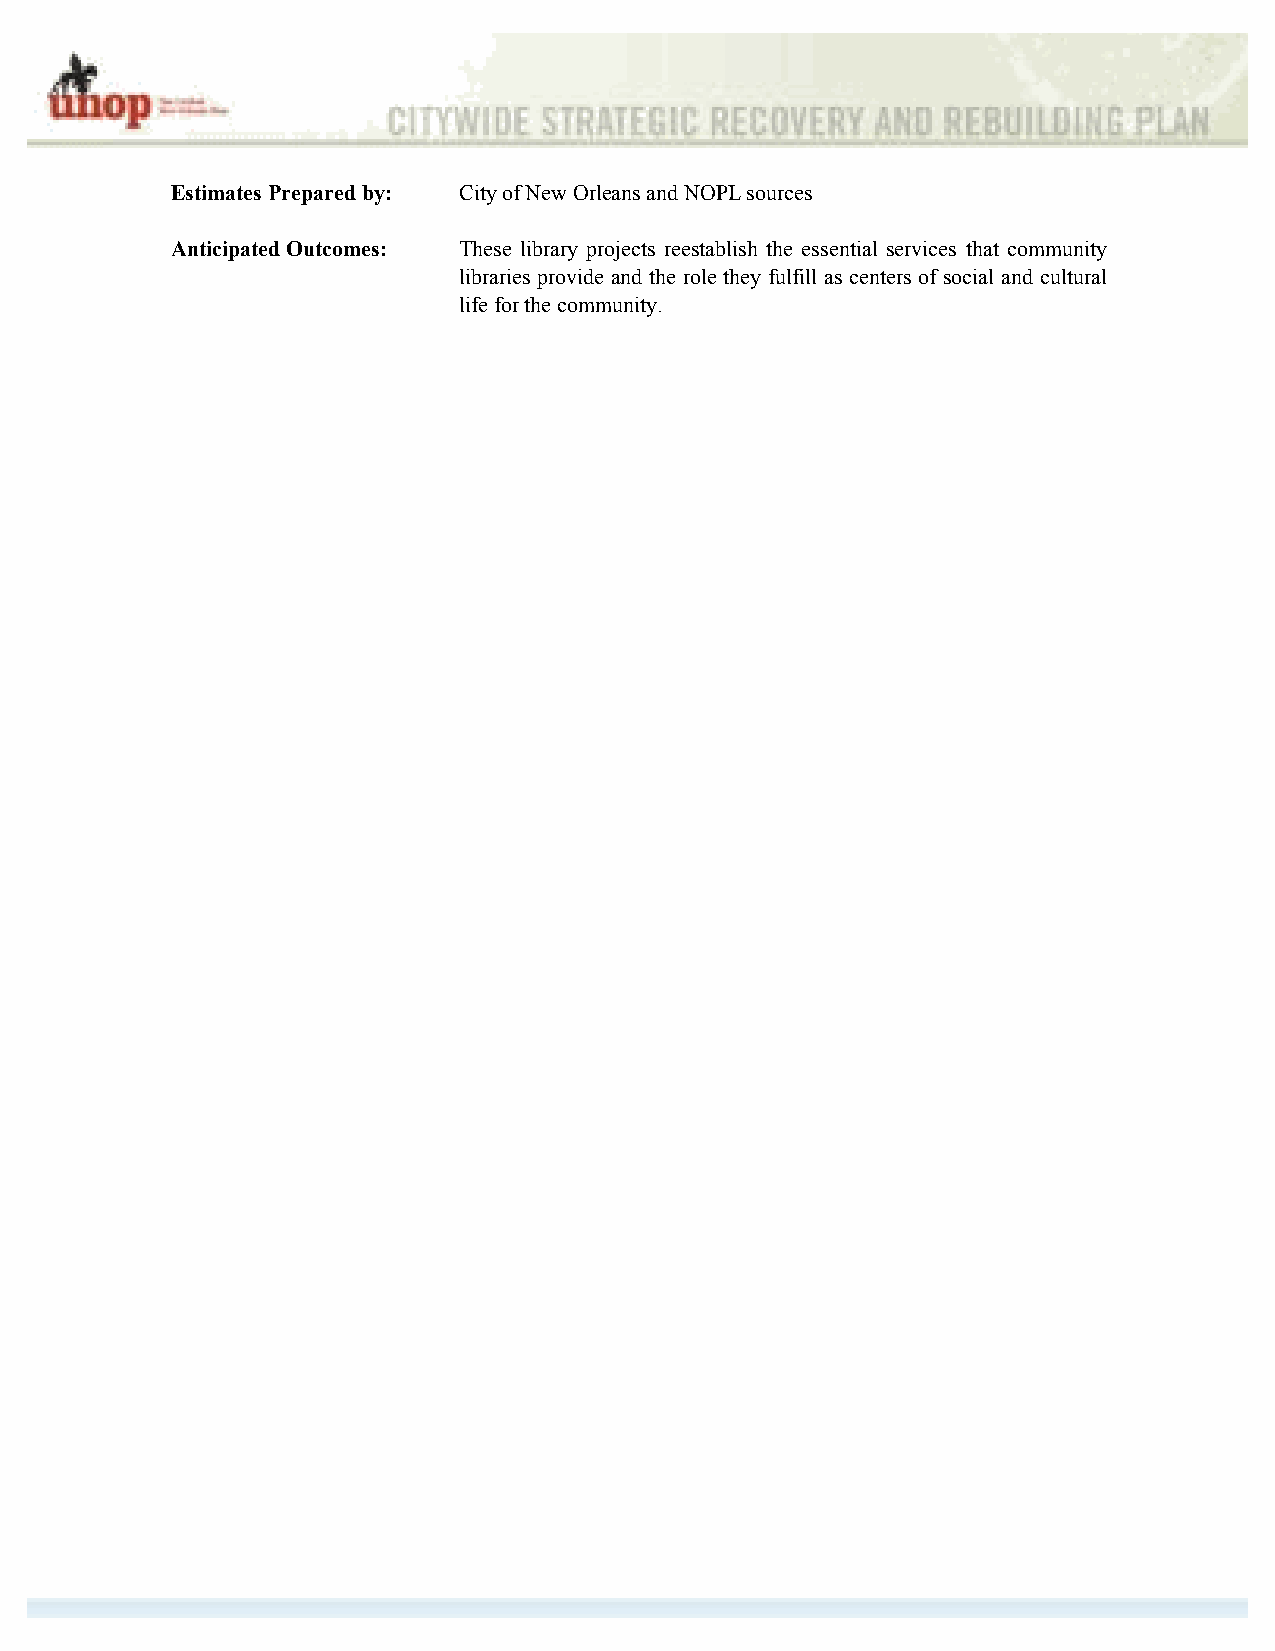
Estimates Prepared by: City of New Orleans and NOPL sources
 Anticipated Outcomes: These library projects reestablish the essential services that community
 libraries provide and the role they fulfill as centers of social and cultural
 life for the community.